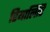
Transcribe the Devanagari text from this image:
रियालिटि